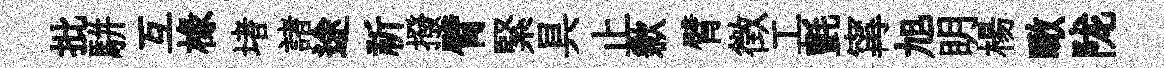
批駢互椽堵諸途祈撥臂緊具止歉臂徴工氈𡩋旭眀楊瞰陇